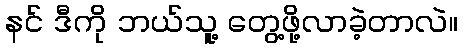
နင် ဒီကို ဘယ်သူ့ တွေ့ဖို့လာခဲ့တာလဲ။